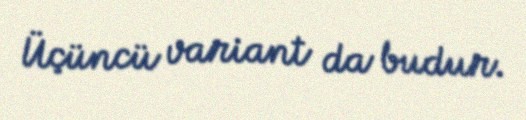
Üçüncü variant da budur.